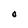
Character: O